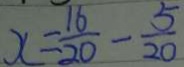
x = \frac { 1 6 } { 2 0 } - \frac { 5 } { 2 0 }